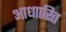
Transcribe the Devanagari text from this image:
आधाारित